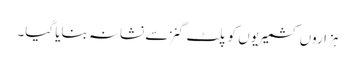
ہزاروں کشمیریوں کو پلٹ گنز سے نشانہ بنایا گیا۔